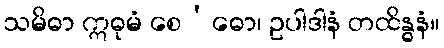
သမိဓာ ဣဓုမံ စေ’ဓော၊ ဥပါဒါနံ တထိန္ဓနံ။